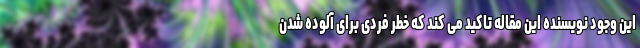
این وجود نویسنده این مقاله تاکید می کند که خطر فردی برای آلوده شدن